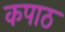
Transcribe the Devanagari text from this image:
कपाठ